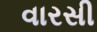
વારસી